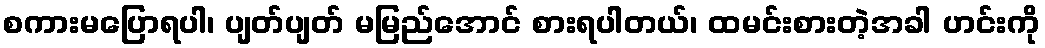
စကားမပြောရပါ၊ ပျတ်ပျတ် မမြည်အောင် စားရပါတယ်၊ ထမင်းစားတဲ့အခါ ဟင်းကို